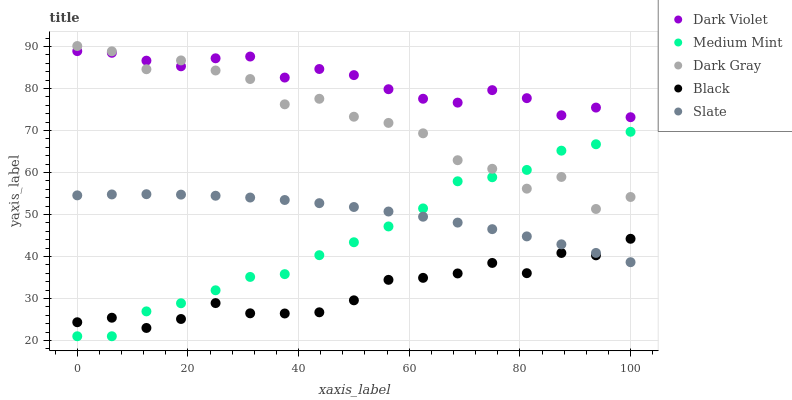
| xaxis_label | Dark Violet | Medium Mint | Dark Gray | Black | Slate |
 | --- | --- | --- | --- | --- | --- |
 | 0 | 88.9 | 21 | 90.1 | 24.3 | 54.6 |
 | 6.25 | 88.5 | 21 | 88.9 | 25.4 | 54.8 |
 | 12.5 | 86.6 | 26.9 | 84.6 | 23 | 54.8 |
 | 18.8 | 85.3 | 28.9 | 86.7 | 25.1 | 54.7 |
 | 25 | 87.2 | 31.9 | 84.3 | 28.9 | 54.5 |
 | 31.2 | 87.6 | 35.1 | 82.3 | 26.5 | 54 |
 | 37.5 | 82.6 | 35.8 | 76.2 | 26.4 | 53.4 |
 | 43.8 | 84.7 | 40.3 | 77.6 | 26.7 | 52.7 |
 | 50 | 83.2 | 43.4 | 73.3 | 29.6 | 51.8 |
 | 56.2 | 79.8 | 47.2 | 71.8 | 34.4 | 50.7 |
 | 62.5 | 77.6 | 51.4 | 69.3 | 34.9 | 49.5 |
 | 68.8 | 76.6 | 57.9 | 62.9 | 36 | 48.1 |
 | 75 | 79.6 | 58.9 | 60.9 | 38.5 | 46.5 |
 | 81.2 | 77.7 | 60.6 | 56.2 | 36 | 44.8 |
 | 87.5 | 73.6 | 65.2 | 58.9 | 40.8 | 42.9 |
 | 93.8 | 75.5 | 66.7 | 51.3 | 40.3 | 40.8 |
 | 100 | 73.2 | 69.7 | 54.2 | 44.2 | 38.6 |